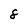
Character: 8